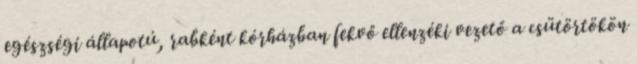
egészségi állapotú, rabként kórházban fekvő ellenzéki vezető a csütörtökön